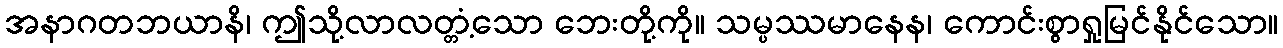
အနာဂတဘယာနိ၊ ဤသို့လာလတ္တံ့သော ဘေးတို့ကို။ သမ္ပဿမာနေန၊ ကောင်းစွာရှုမြင်နိုင်သော။